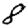
Digit: 8